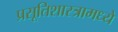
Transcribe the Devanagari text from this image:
प्रसूतिशास्त्रामध्ये